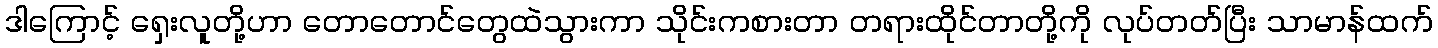
ဒါကြောင့် ရှေးလူတို့ဟာ တောတောင်တွေထဲသွားကာ သိုင်းကစားတာ တရားထိုင်တာတို့ကို လုပ်တတ်ပြီး သာမာန်ထက်